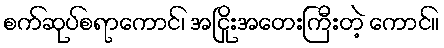
စက်ဆုပ်စရာကောင်၊ အငြိုးအတေးကြီးတဲ့ ကောင်။